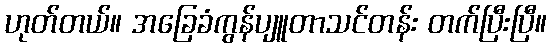
ဟုတ်တယ်။ အခြေခံကွန်ပျူတာသင်တန်း တက်ပြီးပြီ။